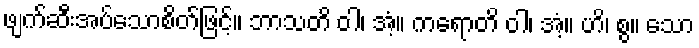
ဖျက်ဆီးအပ်သောစိတ်ဖြင့်။ ဘာသတိ ဝါ၊ အံ့။ ကရောတိ ဝါ၊ အံ့။ ဟိ၊ စွ။ သော